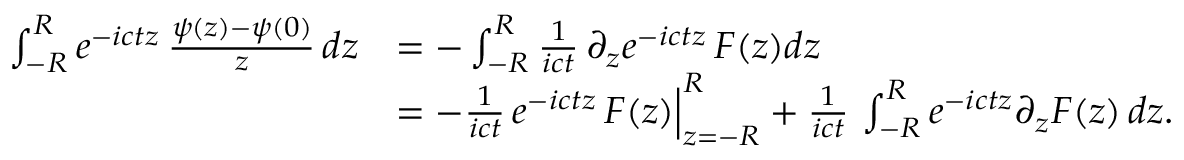
\begin{array} { r l } { \int _ { - R } ^ { R } e ^ { - i c t z } \, \frac { \psi ( z ) - \psi ( 0 ) } { z } \, d z } & { = - \int _ { - R } ^ { R } \frac { 1 } { i c t } \, { \partial } _ { z } e ^ { - i c t z } \, F ( z ) d z } \\ & { = - \frac { 1 } { i c t } \, e ^ { - i c t z } \, F ( z ) \Big | _ { z = - R } ^ { R } + \frac { 1 } { i c t } \, \int _ { - R } ^ { R } e ^ { - i c t z } \partial _ { z } F ( z ) \, d z . } \end{array}